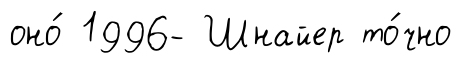
оно́ 1996- Шнайер то́чно